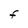
Character: F